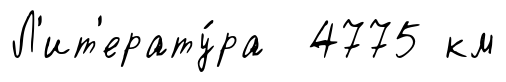
Л'ит'ерату́ра 4775 км